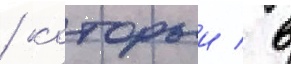
/ которыи / в